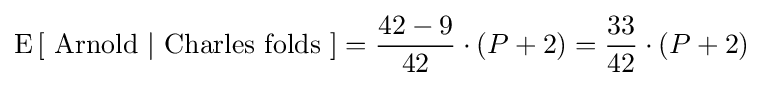
\operatorname {E} \left[{\mbox{ Arnold }}|{\mbox{ Charles folds }}\right]={\frac {42-9}{42}}\cdot (P+2)={\frac {33}{42}}\cdot (P+2)